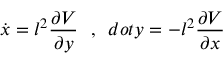
\dot { x } = l ^ { 2 } \frac { \partial V } { \partial y } \ \ , \ \, d o t { y } = - l ^ { 2 } \frac { \partial V } { \partial x }